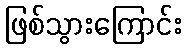
ဖြစ်သွားကြောင်း